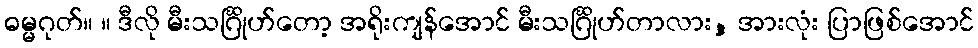
ဓမ္မဂုတ်။ ။ ဒီလို မီးသင်္ဂြိုဟ်တော့ အရိုးကျန်အောင် မီးသင်္ဂြိုဟ်တာလား, အားလုံး ပြာဖြစ်အောင်